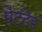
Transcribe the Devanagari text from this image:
पेटंटेड